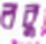
রবু